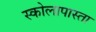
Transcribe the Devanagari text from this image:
स्कोलापास्ता